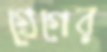
গ্রেগের